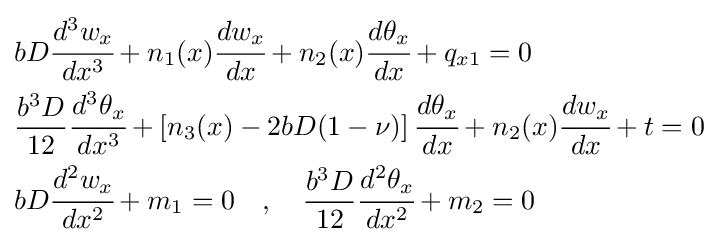
{\begin{aligned}&bD{\cfrac {d^{3}w_{x}}{dx^{3}}}+n_{1}(x){\cfrac {dw_{x}}{dx}}+n_{2}(x){\cfrac {d\theta _{x}}{dx}}+q_{x1}=0\\&{\frac {b^{3}D}{12}}{\cfrac {d^{3}\theta _{x}}{dx^{3}}}+\left[n_{3}(x)-2bD(1-\nu )\right]{\cfrac {d\theta _{x}}{dx}}+n_{2}(x){\cfrac {dw_{x}}{dx}}+t=0\\&bD{\cfrac {d^{2}w_{x}}{dx^{2}}}+m_{1}=0\quad ,\quad {\frac {b^{3}D}{12}}{\cfrac {d^{2}\theta _{x}}{dx^{2}}}+m_{2}=0\end{aligned}}